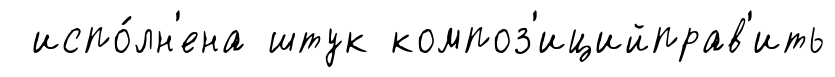
испо́лн'ена штук композ'ицийправ'ить